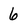
Character: 6